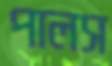
পালস